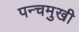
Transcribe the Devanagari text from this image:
पन्चमुखी